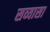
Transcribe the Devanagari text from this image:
सव्यासा